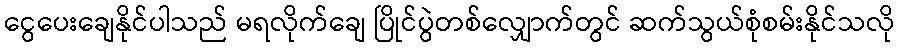
ငွေပေးချေနိုင်ပါသည် မရလိုက်ချေ ပြိုင်ပွဲတစ်လျှောက်တွင် ဆက်သွယ်စုံစမ်းနိုင်သလို